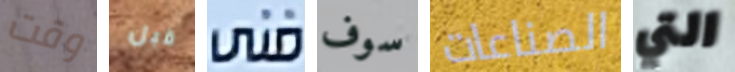
وقت قبل فنى سوف الصناعات التي